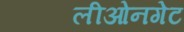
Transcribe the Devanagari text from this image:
लीओनगेट